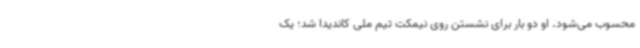
محسوب می‌شود. او دو بار برای نشستن روی نیمکت تیم ملی کاندیدا شد؛ یک